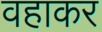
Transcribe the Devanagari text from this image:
वहाकर